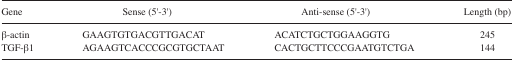
| Gene | Sense (5′-3′) | Anti-sense (5′-3′) | Length (bp) |
 | --- | --- | --- | --- |
 | β-actin | GAAGTGTGACGTTGACAT | ACATCTGCTGGAAGGTG | 245 |
 | TGF-β1 | AGAAGTCACCCGCGTGCTAAT | CACTGCTTCCCGAATGTCTGA | 144 |